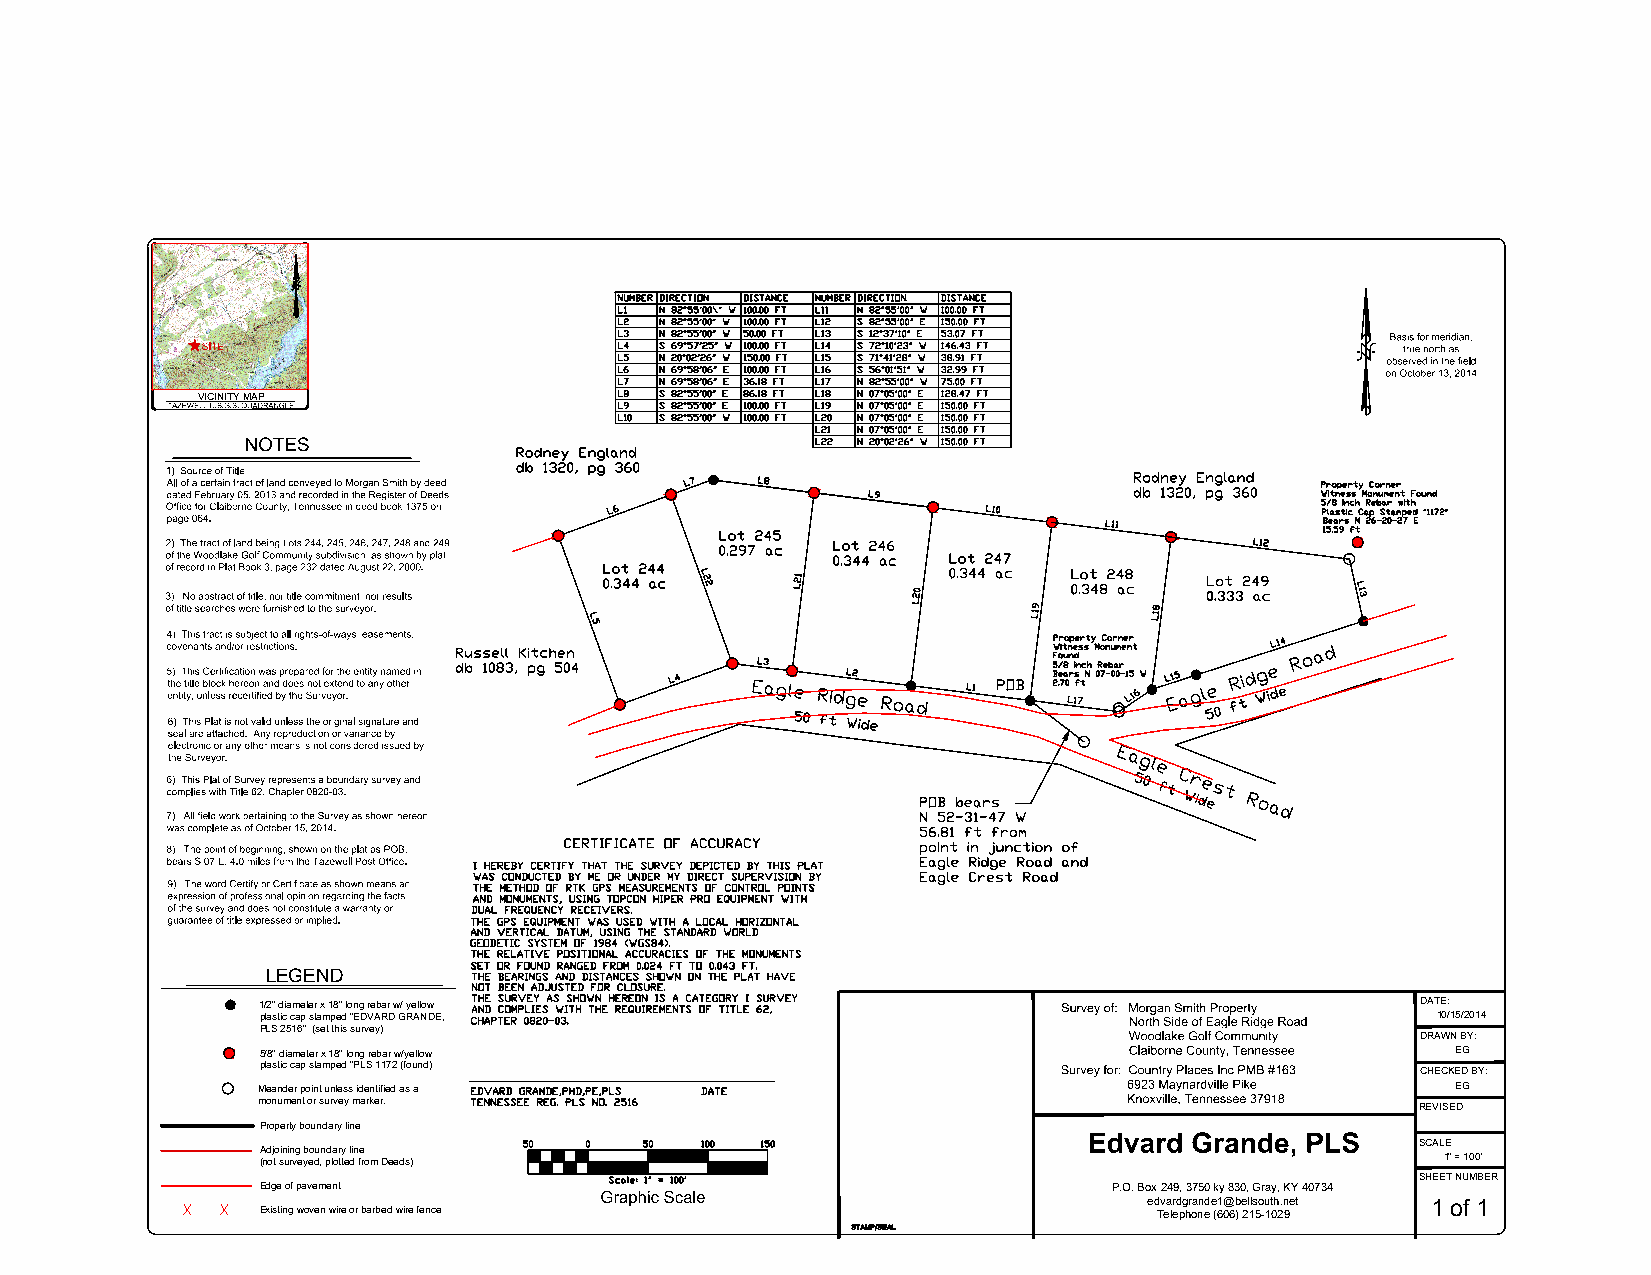
VICINITY MAP
 LEGEND
 1/2" diameter x 18" long rebar w/ yellow                                     DATE:
 plastic cap stamped "EDVARD GRANDE,                                           10/15/2014
 PLS 2516" (set this survey)                                                  DRAWN BY:
 5/8" diameter x 18" long rebar w/yellow                                        EG
 plastic cap stamped "PLS 1172 (found)                                        CHECKED BY:
 Meander point unless identified as a                                           EG
 monument or survey marker.
 REVISED
 Property boundary line
 SCALE
 Adjoining boundary line
 (not surveyed, plotted from Deeds)                                             1" = 10 0'
 SHEET NUMBER
 Edge of pavement                                         P.O. Box 249, 3750 ky 830, Gray, KY 40734
 X  X Existing woven wire or barbed wire fence                   ed Tv ea lr ed pg hr oa nn ed e (61 0@ 6b ) e 2l 1ls 5o -u 1t 0h 2.n 9et 1 of 1